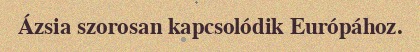
Ázsia szorosan kapcsolódik Európához.